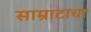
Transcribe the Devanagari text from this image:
साम्राटाचा